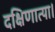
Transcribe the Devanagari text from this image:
दक्षिणात्या।